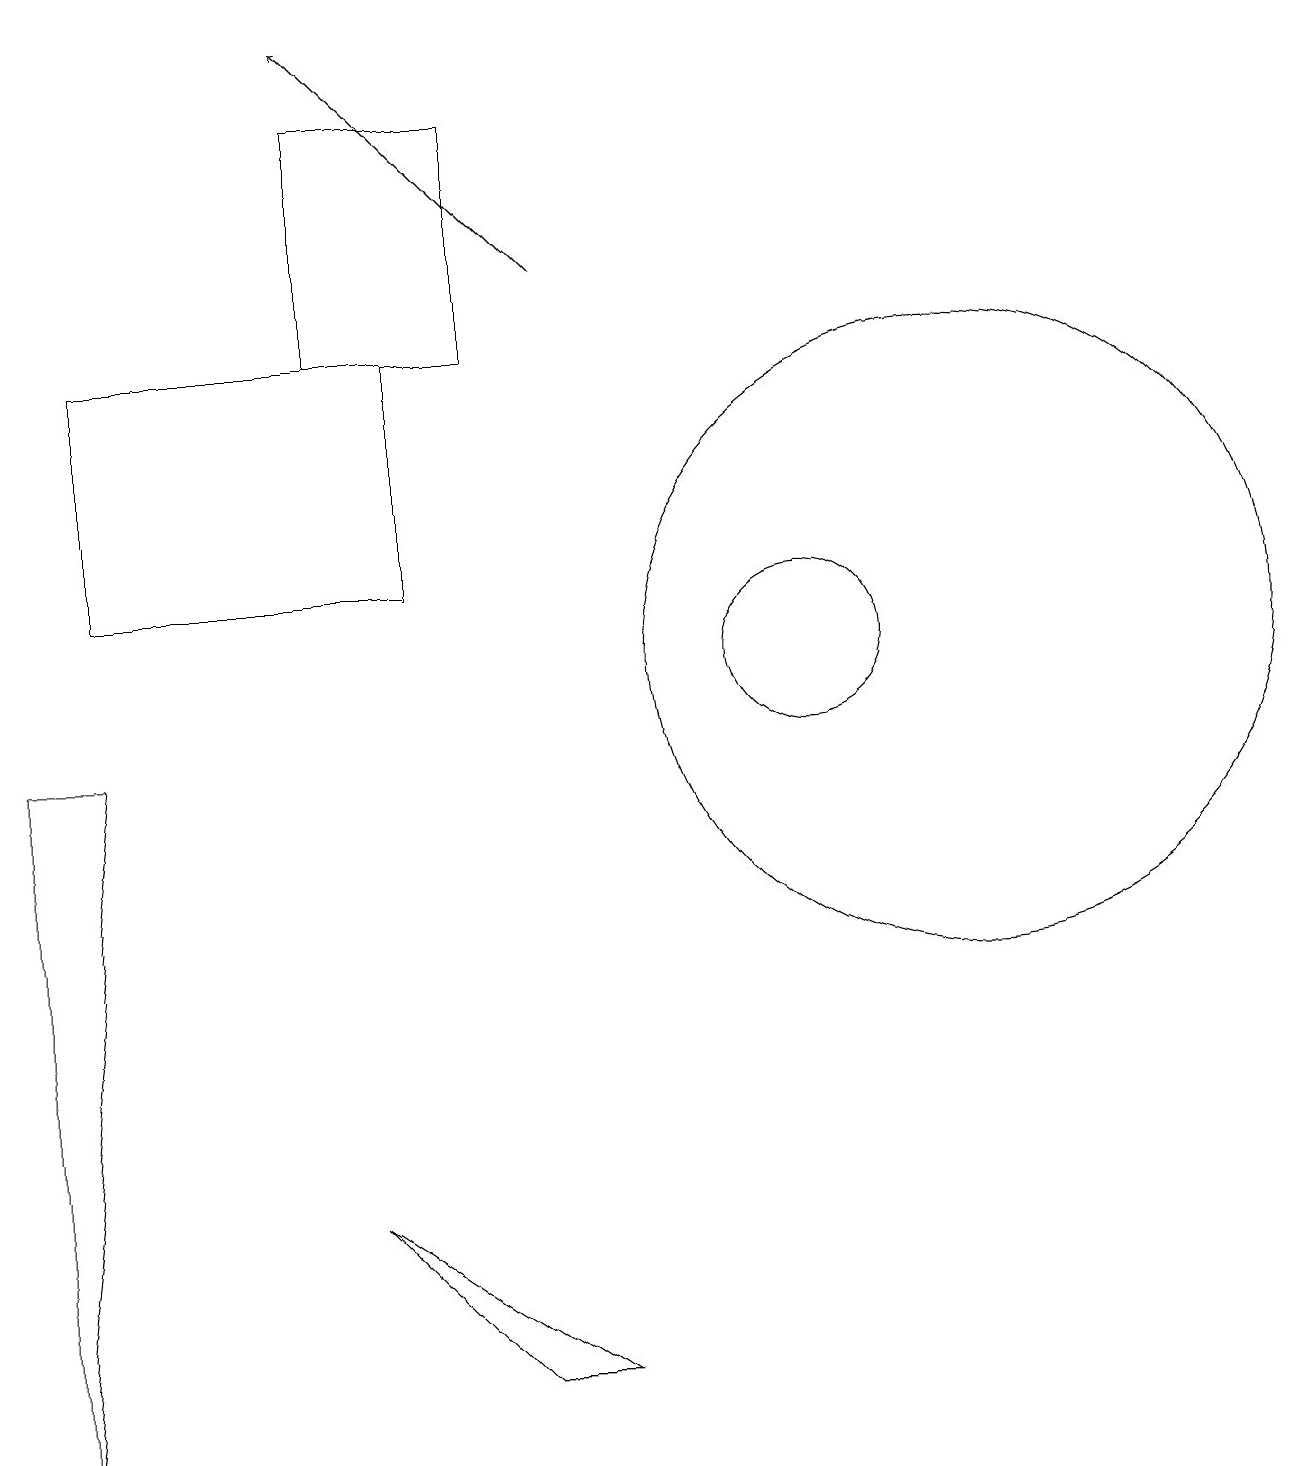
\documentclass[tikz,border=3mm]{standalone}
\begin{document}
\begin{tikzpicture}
\draw (7,1) -- (4,3) -- (6,1) -- cycle;
\draw (12,10) circle (4);
\draw[->] (7,15) -- (4,18);
\draw (10,10) circle (1);
\draw (6,14) rectangle (4,17);
\draw (0,9) -- (0,0) -- (1,9) -- cycle;
\draw (1,11) rectangle (5,14);
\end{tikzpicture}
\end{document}